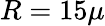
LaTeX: R=15\mu